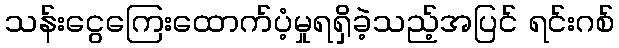
သန်းငွေကြေးထောက်ပံ့မှုရရှိခဲ့သည့်အပြင် ရင်းဂစ်